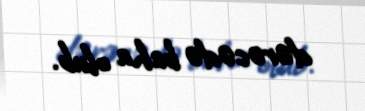
dərəcədə baha olub.